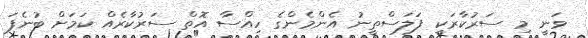
ވަނީ މި ސަރުކާރަކީ ފަލަސްތީނު އެންމެންގެ ހިއްސާ އޮތް ސަރުކާރެއް ކަމަށް ބުނެފަ